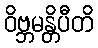
ဝိဗ္ဘမန္တိပီတိ